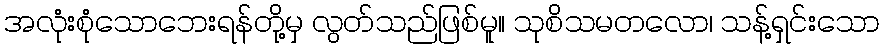
အလုံးစုံသောဘေးရန်တို့မှ လွတ်သည်ဖြစ်မူ။ သုစိသမတလော၊ သန့်ရှင်းသော